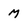
Character: M